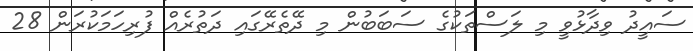
ސައީދު ވިދާޅުވީ މި ލަސްތަކުގެ ސަބަބުން މި ދޭތެރޭގައި ދަތުރެއް ފުރިހަމަކުރަން 28